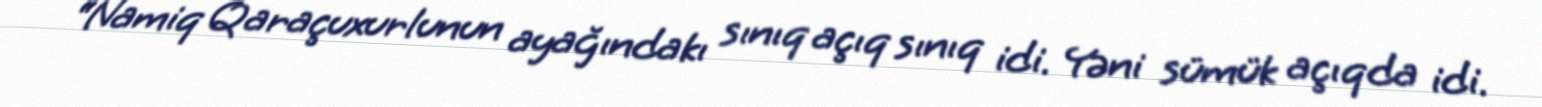
“Namiq Qaraçuxurlunun ayağındakı sınıq açıq sınıq idi. Yəni sümük açıqda idi.